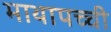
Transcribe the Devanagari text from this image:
माथापच्‍ची